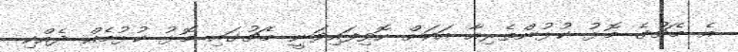
އެ މެޗުގެ މޮޅު ކުޅުންތެރިއާ އަކަށް ހޮވިފައިވަނީ މެޗުގައި މޮޅު ކުޅުމެއް ދެއްކި